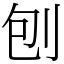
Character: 刨